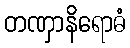
တဏှာနိရောဓံ